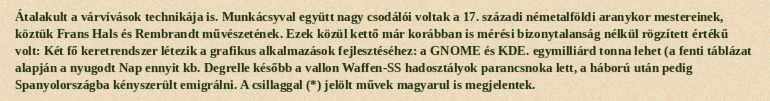
Átalakult a várvívások technikája is. Munkácsyval együtt nagy csodálói voltak a 17. századi németalföldi aranykor mestereinek, köztük Frans Hals és Rembrandt művészetének. Ezek közül kettő már korábban is mérési bizonytalanság nélkül rögzített értékű volt: Két fő keretrendszer létezik a grafikus alkalmazások fejlesztéséhez: a GNOME és KDE. egymilliárd tonna lehet (a fenti táblázat alapján a nyugodt Nap ennyit kb. Degrelle később a vallon Waffen-SS hadosztályok parancsnoka lett, a háború után pedig Spanyolországba kényszerült emigrálni. A csillaggal (*) jelölt művek magyarul is megjelentek.